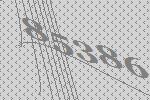
85386